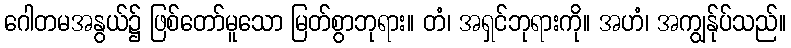
ဂေါတမအနွယ်၌ ဖြစ်တော်မူသော မြတ်စွာဘုရား။ တံ၊ အရှင်ဘုရားကို။ အဟံ၊ အကျွန်ုပ်သည်။